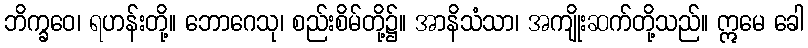
ဘိက္ခဝေ၊ ရဟန်းတို့။ ဘောဂေသု၊ စည်းစိမ်တို့၌။ အာနိသံသာ၊ အကျိုးဆက်တို့သည်။ ဣမေ ခေါ